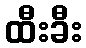
ထီးခီး